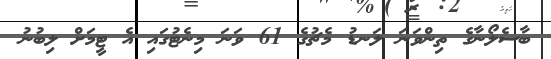
ބާސެލޯނާގެ ތިންވަނަ ލަނޑު މެޗުގެ 61 ވަނަ މިނެޓުގައި އެ ޓީމަށް ލިބުނު